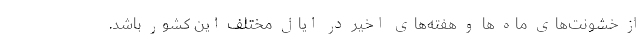
از خشونت‌های ماه ها و هفته‌های اخیر در ایال مختلف این کشور باشد.